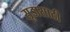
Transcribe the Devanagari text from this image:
सूडासाठी